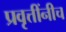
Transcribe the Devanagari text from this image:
प्रवृत्तींनीच